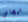
فيجاس